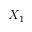
X _ { 1 }